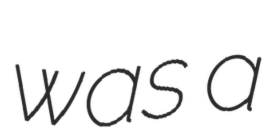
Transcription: was a